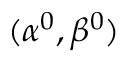
( \alpha ^ { 0 } , \beta ^ { 0 } )